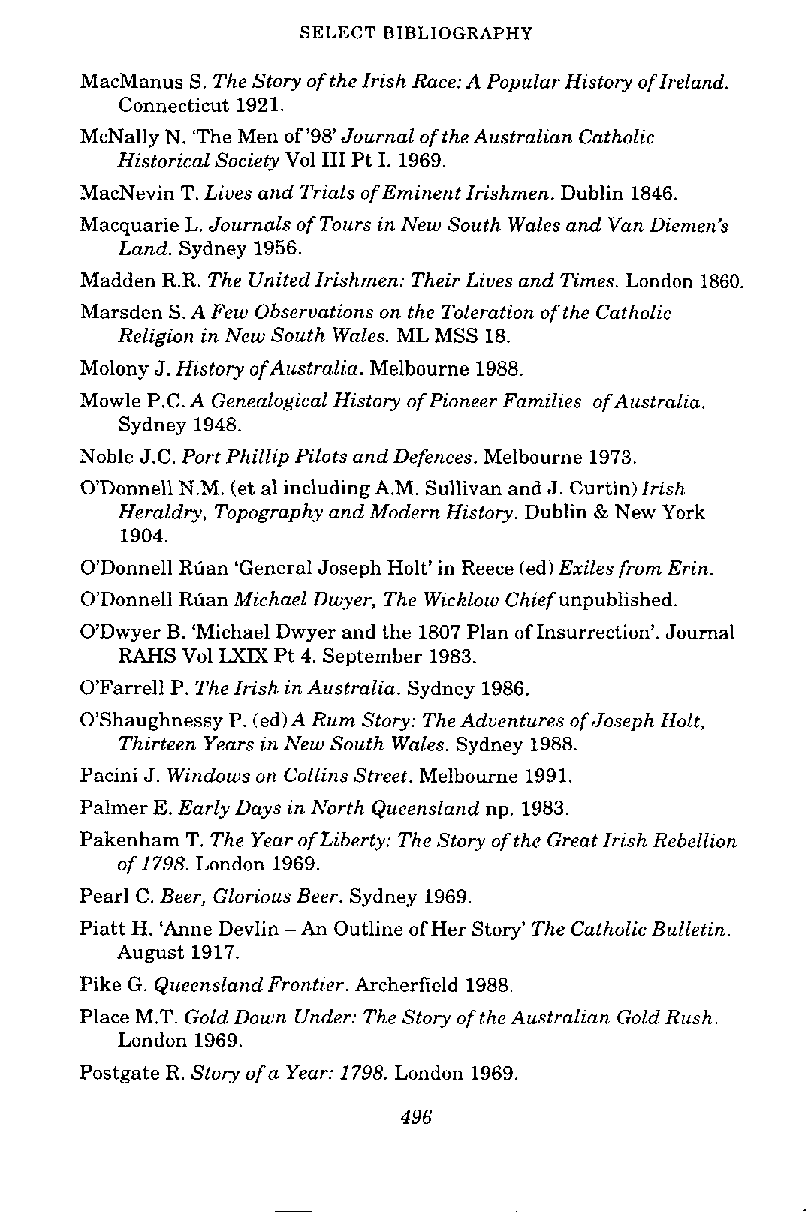
SELECT BIBLIOGRAPHY
 MacManus S. The Story of the Irish Race: A Popular History of Ireland.
 Connecticut 1921.
 McNally N. 'The Men of '98'Journal of the Australian Catholic
 Historical Society Vol I11 Pt I. 1969.
 MacNevin T.L iues and Trials of Eminent Irishmen. Dublin 1846.
 Macquarie L. Journals of Tours in New South Wales and VanD iemen's
 Land. Sydney 1956.
 Madden R.R. The United Irishmen: Their Liues and Times. London 1860
 Marsden S. A Few Obseruations on the Toleration ofthe Catholic
 Religion in New South Wales. ML MSS 18.
 Molony J. History ofAustralia. Melbourne 1988.
 Mowle P.C. A Genealogical History of Pioneer Families ofAustralia.
 Sydney 1948.
 Noble J.C. Port Phillip Pilots and Defences. Melbourne 1973.
 O'Donnell N.M. (et al including A.M. Sullivan and J. Curtin)I rish
 Heraldry, Topography and Modern History. Dublin & New York
 1904.
 O'Donnell Ruan 'General Joseph Holt' in Reece (ed)E xiles from Erin.
 O'Donnell Ruan Michael Dwyer, The Wicklow Chief unpublished.
 O'Dwyer B. 'Michael Dwyer and the 1807 Plan of Insurrection'. Journal
 RAHS Vol LXM Pt 4. September 1983.
 O'Farrell P. The Irish in Australia. Sydney 1986.
 O'Shaughnessy P. (ed)AR um Story: The Aduentures of Joseph Holt,
 Thirteen Years in New South Wales. Sydney 1988.
 Pacini J. Windows on Collins Street. Melbourne 1991.
 Palmer E. Early Days in North Queensland np. 1983.
 Pakenham T. The Year of Liberty: The Story of the Great Irish Rebellion
 of 1798. London 1969.
 Pearl C. Beer, Glorious Beer. Sydney 1969.
 Piatt H. 'Anne Devlin - An Outline ofH er Story' The Catholic Bulletin.
 August 1917.
 Pike G. Queensland Frontier. Archerfield 1988.
 Place M.T. Gold Down Under: The Story of the Australian Gold Rush.
 London 1969.
 Postgate R. Story of a Year: 1798. London 1969.
 496